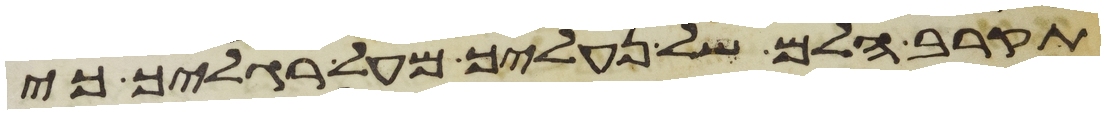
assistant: תקרב הלם של נעליך מעל רגליך כי